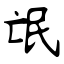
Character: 氓